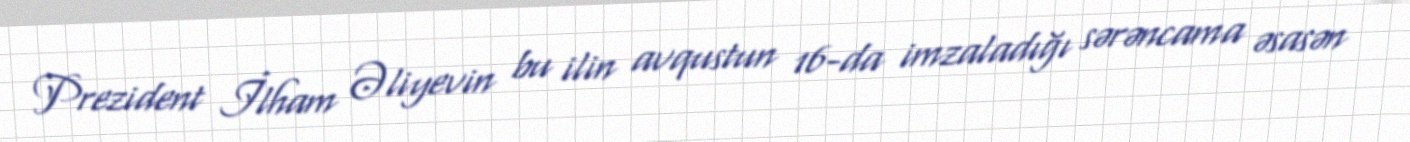
Prezident İlham Əliyevin bu ilin avqustun 16-da imzaladığı sərəncama əsasən